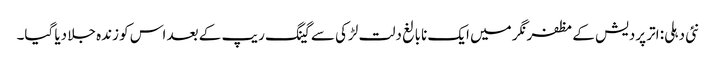
نئی دہلی: اتر پردیش کے مظفرنگر میں ایک نابالغ دلت لڑکی سے گینگ ریپ کے بعد اس کو زندہ جلا دیا گیا۔